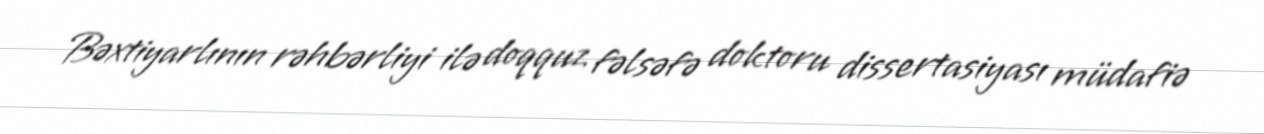
Bəxtiyarlının rəhbərliyi ilə doqquz fəlsəfə doktoru dissertasiyası müdafiə